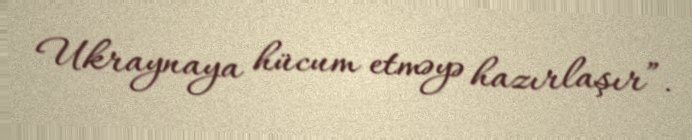
Ukraynaya hücum etməyə hazırlaşır”.